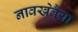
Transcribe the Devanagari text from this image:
नावखेवैया